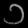
Digit: ၁